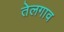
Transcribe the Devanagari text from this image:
तेलगाव